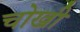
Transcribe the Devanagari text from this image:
चोखी